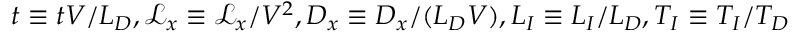
t \equiv t V / L _ { D } , \mathcal { L } _ { x } \equiv \mathcal { L } _ { x } / V ^ { 2 } , D _ { x } \equiv D _ { x } / ( L _ { D } V ) , L _ { I } \equiv L _ { I } / L _ { D } , T _ { I } \equiv T _ { I } / T _ { D }